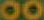
00